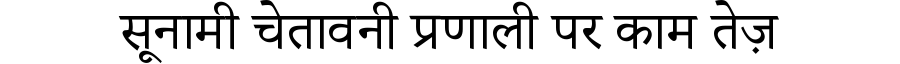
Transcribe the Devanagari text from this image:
सूनामी चेतावनी प्रणाली पर काम तेज़